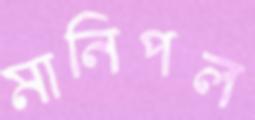
মানিপল